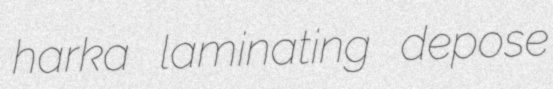
harka laminating depose